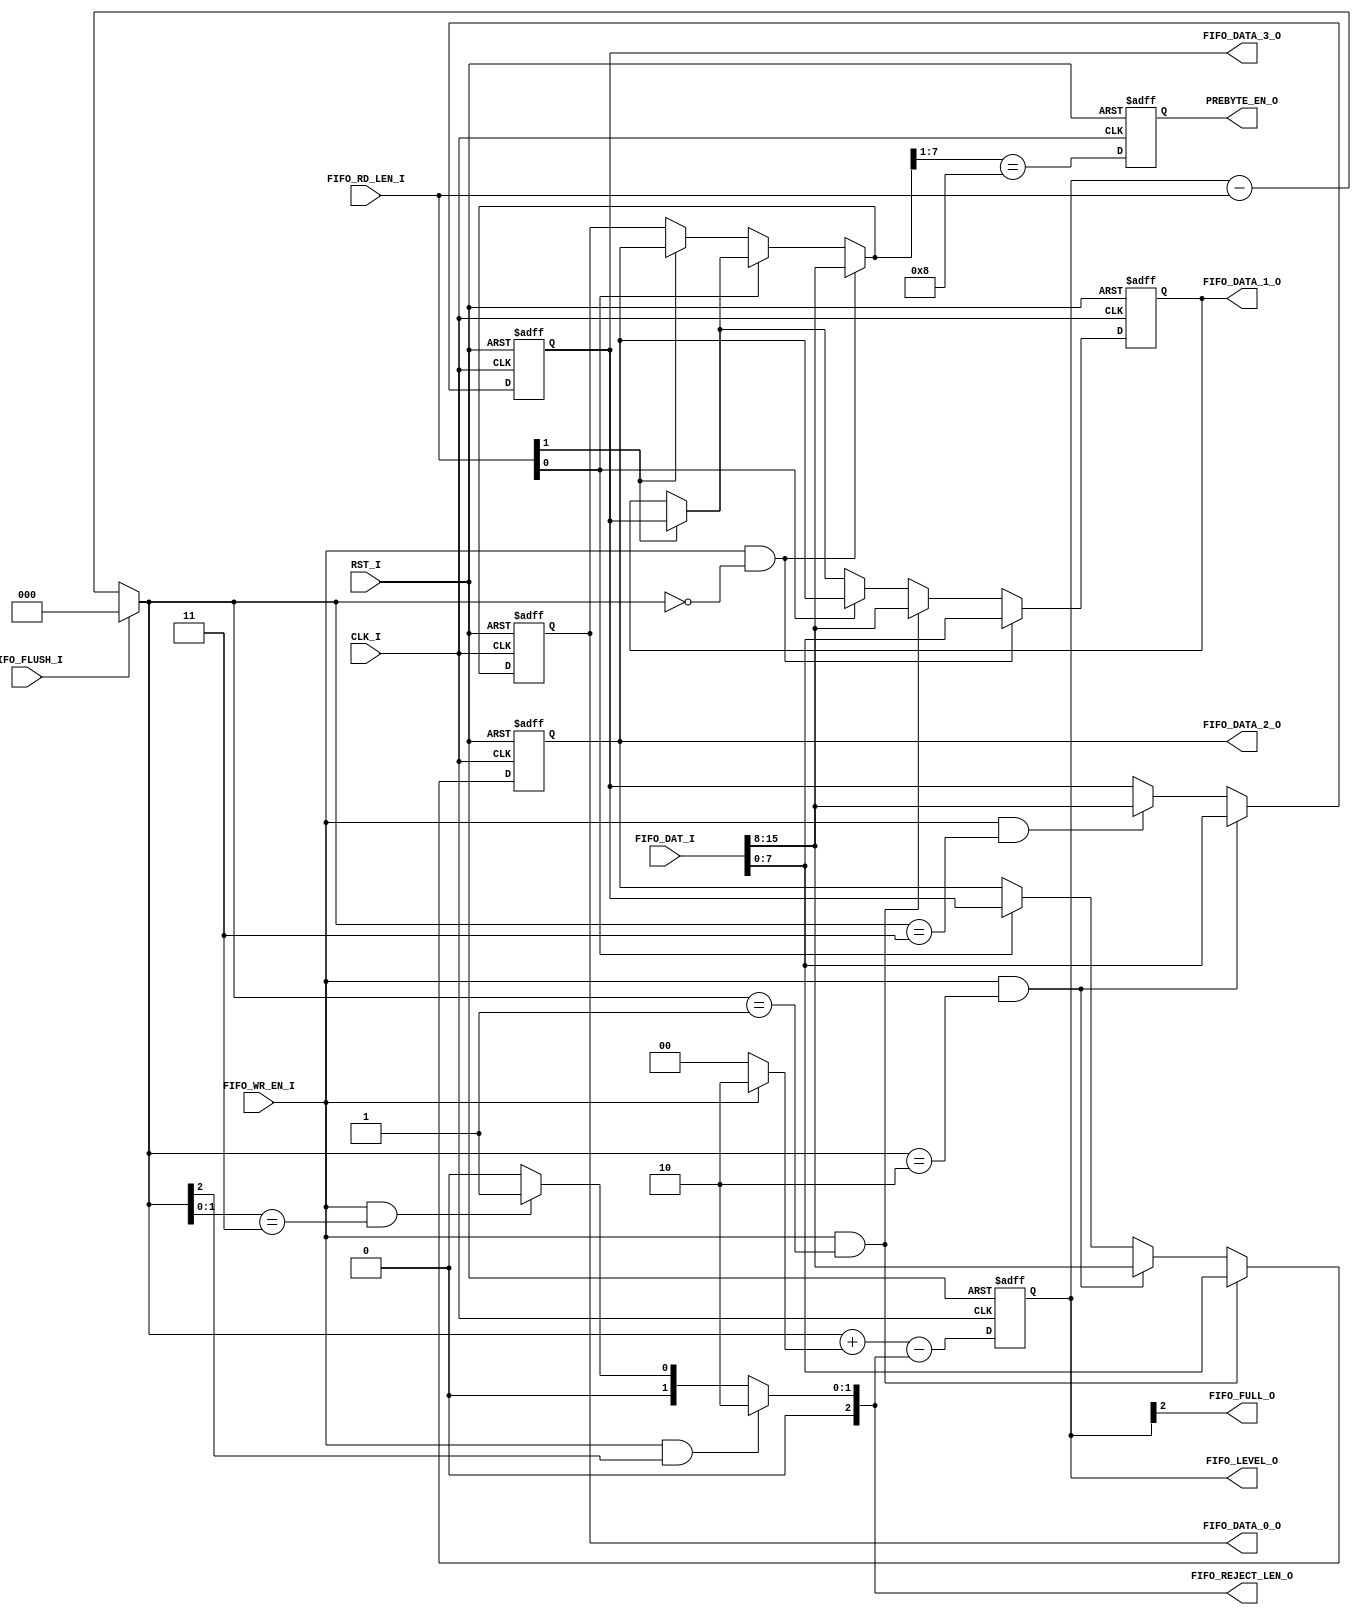
// [TURBO9_HEADER_START]
//////////////////////////////////////////////////////////////////////////////
//                          Turbo9 Microprocessor IP
//////////////////////////////////////////////////////////////////////////////
// Website: www.turbo9.org
// Contact: team[at]turbo9[dot]org
//////////////////////////////////////////////////////////////////////////////
// [TURBO9_LICENSE_START]
// BSD-1-Clause
//
// Copyright (c) 2020-2023
// Kevin Phillipson
// Michael Rywalt
// All rights reserved.
//
// Redistribution and use in source and binary forms, with or without
// modification, are permitted provided that the following conditions are met:
//
// 1. Redistributions of source code must retain the above copyright notice,
//    this list of conditions and the following disclaimer.
//
// THIS SOFTWARE IS PROVIDED BY THE COPYRIGHT HOLDERS AND CONTRIBUTORS "AS IS"
// AND ANY EXPRESS OR IMPLIED WARRANTIES, INCLUDING, BUT NOT LIMITED TO, THE
// IMPLIED WARRANTIES OF MERCHANTABILITY AND FITNESS FOR A PARTICULAR PURPOSE
// ARE DISCLAIMED. IN NO EVENT SHALL THE COPYRIGHT HOLDERS AND CONTRIBUTORS BE
// LIABLE FOR ANY DIRECT, INDIRECT, INCIDENTAL, SPECIAL, EXEMPLARY, OR
// CONSEQUENTIAL DAMAGES (INCLUDING, BUT NOT LIMITED TO, PROCUREMENT OF
// SUBSTITUTE GOODS OR SERVICES; LOSS OF USE, DATA, OR PROFITS; OR BUSINESS
// INTERRUPTION) HOWEVER CAUSED AND ON ANY THEORY OF LIABILITY, WHETHER IN
// CONTRACT, STRICT LIABILITY, OR TORT (INCLUDING NEGLIGENCE OR OTHERWISE)
// ARISING IN ANY WAY OUT OF THE USE OF THIS SOFTWARE, EVEN IF ADVISED OF THE
// POSSIBILITY OF SUCH DAMAGE.
// [TURBO9_LICENSE_END]
//////////////////////////////////////////////////////////////////////////////
// Description: 8-bit by 4 shifting FIFO
//
//////////////////////////////////////////////////////////////////////////////
// History:
// 07.14.2023 - Kevin Phillipson
//   File header added
//
//////////////////////////////////////////////////////////////////////////////
// [TURBO9_HEADER_END]

/////////////////////////////////////////////////////////////////////////////
//                                MODULE
/////////////////////////////////////////////////////////////////////////////
module turbo9_fifo_8x4
#(
  parameter ENABLE_16BIT = 1
)
(
  // Inputs: Clock & Reset
  input  RST_I,
  input  CLK_I,

  input   [2:0] FIFO_RD_LEN_I,
  input         FIFO_FLUSH_I,
  input         FIFO_WR_EN_I,
  
  input   [((ENABLE_16BIT*8)+7):0] FIFO_DAT_I,
  
  output  [2:0] FIFO_LEVEL_O,
  output  [2:0] FIFO_REJECT_LEN_O,
  output        FIFO_FULL_O,
  //
  output  [7:0] FIFO_DATA_3_O,
  output  [7:0] FIFO_DATA_2_O,
  output  [7:0] FIFO_DATA_1_O,
  output  [7:0] FIFO_DATA_0_O,
  output        PREBYTE_EN_O
  //
);

/////////////////////////////////////////////////////////////////////////////
//                             INTERNAL SIGNALS
/////////////////////////////////////////////////////////////////////////////

//////////////////////////////////////// WIDTH_I defines
//
// This must match the MSB of the *_REG_SEL control vectors
localparam  WIDTH_16 =  1'b0;
localparam  WIDTH_8  =  1'b1;

wire   [2:0] fifo_wr_ptr;

wire   [3:0] fifo_wr_en;

wire   [2:0] fifo_reject_len;

wire   [2:0] fifo_level_term;
wire   [2:0] fifo_level_inc;
reg    [2:0] fifo_level_reg;
wire   [2:0] fifo_level_nxt;
localparam   fifo_level_rst = 3'h0;

reg         prebyte_en_reg;
wire        prebyte_en_nxt;
localparam  prebyte_en_rst = 1'b0;

reg    [7:0] fifo_data_reg [3:0];
wire   [7:0] fifo_data_nxt [3:0];
localparam   fifo_data_rst = 8'h00;

wire   [7:0] fifo_data_shift2 [3:0];
wire   [7:0] fifo_data_shift1 [3:0];
/////////////////////////////////////////////////////////////////////////////


/////////////////////////////////////////////////////////////////////////////
//                               FIFO LOGIC
/////////////////////////////////////////////////////////////////////////////
//

generate
  if (ENABLE_16BIT) begin
    //assign fifo_level_term = (FIFO_WR_WIDTH_I == WIDTH_16) ? 3'h2 : 3'h1; 
    assign fifo_level_term = 3'h2; 
  end else begin
    assign fifo_level_term = 3'h1;
  end
endgenerate

// Pointer Calculation
assign fifo_level_inc  = (FIFO_WR_EN_I) ? fifo_level_term : 3'h0;
assign fifo_wr_ptr     = FIFO_FLUSH_I ? 3'h0 : fifo_level_reg - FIFO_RD_LEN_I  ;
assign fifo_level_nxt  = fifo_wr_ptr + fifo_level_inc - fifo_reject_len;

// Reject Calculation
generate
  if (ENABLE_16BIT) begin
    assign fifo_reject_len = (FIFO_WR_EN_I & (fifo_wr_ptr[2]   == 1'b1)) ? 3'h2 :
                             (FIFO_WR_EN_I & (fifo_wr_ptr[1:0] == 2'h3)) ? 3'h1 :
                                                                           3'h0 ;
  end else begin
    assign fifo_reject_len = (FIFO_WR_EN_I & (fifo_wr_ptr[2] == 1'b1)) ? 3'h1 :
                                                                         3'h0 ;
  end
endgenerate


// Write Enables
assign fifo_wr_en[3] = (FIFO_WR_EN_I & (fifo_wr_ptr == 3'h3));
assign fifo_wr_en[2] = (FIFO_WR_EN_I & (fifo_wr_ptr == 3'h2));
assign fifo_wr_en[1] = (FIFO_WR_EN_I & (fifo_wr_ptr == 3'h1));
assign fifo_wr_en[0] = (FIFO_WR_EN_I & (fifo_wr_ptr == 3'h0));


// Data Barrell Shifter
assign fifo_data_shift2[3] =                                          fifo_data_reg[3];
assign fifo_data_shift2[2] =                                          fifo_data_reg[2];
assign fifo_data_shift2[1] = FIFO_RD_LEN_I[1] ? fifo_data_reg[3]    : fifo_data_reg[1];
assign fifo_data_shift2[0] = FIFO_RD_LEN_I[1] ? fifo_data_reg[2]    : fifo_data_reg[0];
//
assign fifo_data_shift1[3] =                                          fifo_data_shift2[3];
assign fifo_data_shift1[2] = FIFO_RD_LEN_I[0] ? fifo_data_shift2[3] : fifo_data_shift2[2];
assign fifo_data_shift1[1] = FIFO_RD_LEN_I[0] ? fifo_data_shift2[2] : fifo_data_shift2[1];
assign fifo_data_shift1[0] = FIFO_RD_LEN_I[0] ? fifo_data_shift2[1] : fifo_data_shift2[0];

generate
  if (ENABLE_16BIT) begin
    wire [7:0] fifo_data_nxt_lo [3:0];

    // Write Enable Logic (Low Byte)
    assign fifo_data_nxt_lo[3] = (fifo_wr_en[3]) ? FIFO_DAT_I[15:8] : fifo_data_shift1[3];
    assign fifo_data_nxt_lo[2] = (fifo_wr_en[2]) ? FIFO_DAT_I[15:8] : fifo_data_shift1[2];
    assign fifo_data_nxt_lo[1] = (fifo_wr_en[1]) ? FIFO_DAT_I[15:8] : fifo_data_shift1[1];
    assign fifo_data_nxt_lo[0] = (fifo_wr_en[0]) ? FIFO_DAT_I[15:8] : fifo_data_shift1[0];

    // Write Enable Logic (High Byte)
    assign fifo_data_nxt[3]    = (fifo_wr_en[2]) ? FIFO_DAT_I[ 7:0] : fifo_data_nxt_lo[3];
    assign fifo_data_nxt[2]    = (fifo_wr_en[1]) ? FIFO_DAT_I[ 7:0] : fifo_data_nxt_lo[2];
    assign fifo_data_nxt[1]    = (fifo_wr_en[0]) ? FIFO_DAT_I[ 7:0] : fifo_data_nxt_lo[1];
    assign fifo_data_nxt[0]    =                                      fifo_data_nxt_lo[0];

  end else begin

    // Write Enable Logic (8bit)
    assign fifo_data_nxt[3] = (fifo_wr_en[3]) ? FIFO_DAT_I[ 7:0] : fifo_data_shift1[3];
    assign fifo_data_nxt[2] = (fifo_wr_en[2]) ? FIFO_DAT_I[ 7:0] : fifo_data_shift1[2];
    assign fifo_data_nxt[1] = (fifo_wr_en[1]) ? FIFO_DAT_I[ 7:0] : fifo_data_shift1[1];
    assign fifo_data_nxt[0] = (fifo_wr_en[0]) ? FIFO_DAT_I[ 7:0] : fifo_data_shift1[0];

  end
endgenerate

assign prebyte_en_nxt = (fifo_data_nxt[0][7:1] == 7'b0001_000);

// Registers
always @(posedge CLK_I, posedge RST_I) begin
  if (RST_I) begin
    fifo_level_reg    <= fifo_level_rst;
    fifo_data_reg[3]  <= fifo_data_rst;
    fifo_data_reg[2]  <= fifo_data_rst;
    fifo_data_reg[1]  <= fifo_data_rst;
    fifo_data_reg[0]  <= fifo_data_rst;
    prebyte_en_reg    <= prebyte_en_rst;
  end else begin
    fifo_level_reg    <= fifo_level_nxt;
    fifo_data_reg[3]  <= fifo_data_nxt[3];
    fifo_data_reg[2]  <= fifo_data_nxt[2];
    fifo_data_reg[1]  <= fifo_data_nxt[1];
    fifo_data_reg[0]  <= fifo_data_nxt[0];
    prebyte_en_reg    <= prebyte_en_nxt;
  end
end
//
/////////////////////////////////////////////////////////////////////////////


/////////////////////////////////////////////////////////////////////////////
//                             ASSIGN OUTPUTS
/////////////////////////////////////////////////////////////////////////////
//
assign FIFO_REJECT_LEN_O  = fifo_reject_len;
assign FIFO_LEVEL_O       = fifo_level_reg;
assign FIFO_FULL_O        = fifo_level_reg[2];
//
assign FIFO_DATA_3_O = fifo_data_reg[3];
assign FIFO_DATA_2_O = fifo_data_reg[2];
assign FIFO_DATA_1_O = fifo_data_reg[1];
assign FIFO_DATA_0_O = fifo_data_reg[0];
assign PREBYTE_EN_O  = prebyte_en_reg;
//
/////////////////////////////////////////////////////////////////////////////

endmodule